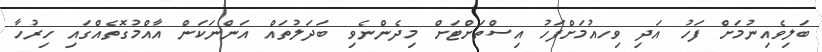
ބަލިވެއިނުމަށް ފަހު އަދި ވިހއުމަށްފަހު އިސްތަށްޓަށް މިދެންނެވި ބަދަލުތައް އަންނަކަން އާއްމުގޮތެއްގައި ހިރުހާ